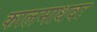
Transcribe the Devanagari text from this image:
कालमाधवः